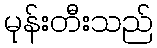
မုန်းတီးသည်